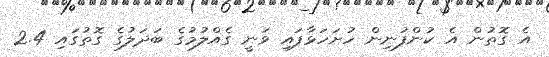
އެ ގޮތުން އެ ކުންފުނިން ހުށަހަޅާފައި ވަނީ ގެއްލުމުގެ ބަދަލުގެ ގޮތުގައި 2.4